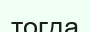
тогда